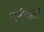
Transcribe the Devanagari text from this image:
शर्मगाहों